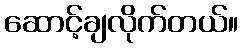
ဆောင့်ချလိုက်တယ်။